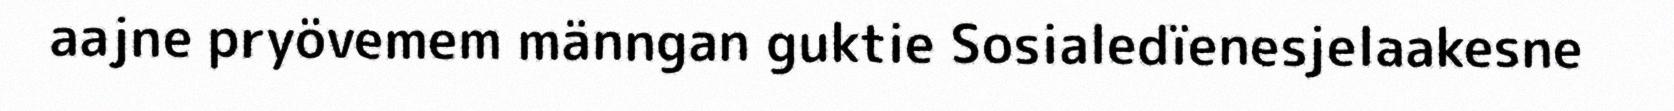
aajne pryövemem männgan guktie Sosialedïenesjelaakesne